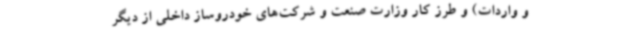
و واردات) و طرز کار وزارت صنعت و شرکت‌های خودروساز داخلی از دیگر